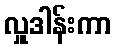
လှူဒါန်းကာ